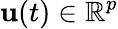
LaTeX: \mathbf{u}(t)\in\mathbb{R}^{p}